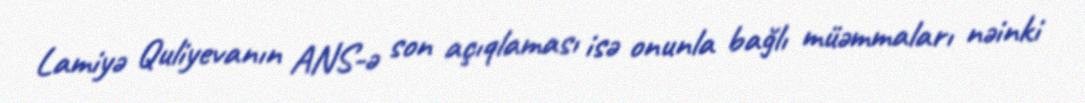
Lamiyə Quliyevanın ANS-ə son açıqlaması isə onunla bağlı müəmmaları nəinki